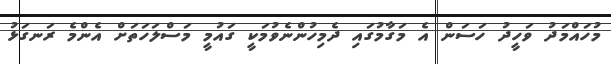
މުހައްމަދު ވަހީދު ހަސަން އެ މަގާމުގައި ދެމިހުންނެވުމަކީ ގައުމީ މަސްލަހަތަށް އެންމެ ރަނގަޅު